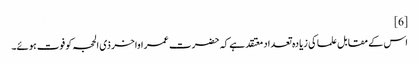
[6]
اس کے مقابل علما کی زیادہ تعداد معتقد ہے کہ حضرت عمر اواخر ذی الحجہ کو فوت ہوئے۔